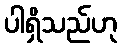
ပါရှိသည်ဟု